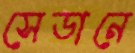
সেডানে